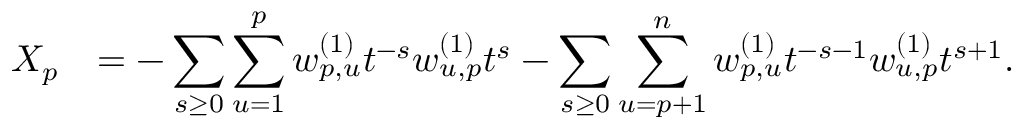
\begin{array} { r l } { X _ { p } } & { = - \displaystyle \sum _ { s \geq 0 } \displaystyle \sum _ { u = 1 } ^ { p } w _ { p , u } ^ { ( 1 ) } t ^ { - s } w _ { u , p } ^ { ( 1 ) } t ^ { s } - \displaystyle \sum _ { s \geq 0 } \displaystyle \sum _ { u = p + 1 } ^ { n } w _ { p , u } ^ { ( 1 ) } t ^ { - s - 1 } w _ { u , p } ^ { ( 1 ) } t ^ { s + 1 } . } \end{array}